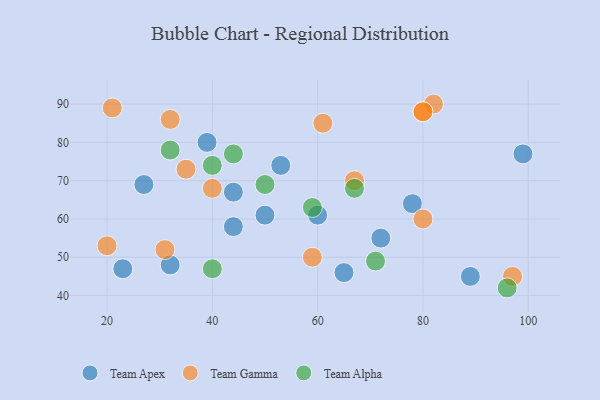
{"axis": {"x": "GDP", "y": "Life Expectancy"}, "legend": ["Team Alpha", "Team Apex", "Team Gamma"], "data": [{"x": "50", "y": 61, "type": "Team Apex"}, {"x": "78", "y": 64, "type": "Team Apex"}, {"x": "99", "y": 77, "type": "Team Apex"}, {"x": "23", "y": 47, "type": "Team Apex"}, {"x": "72", "y": 55, "type": "Team Apex"}, {"x": "44", "y": 67, "type": "Team Apex"}, {"x": "44", "y": 58, "type": "Team Apex"}, {"x": "65", "y": 46, "type": "Team Apex"}, {"x": "53", "y": 74, "type": "Team Apex"}, {"x": "89", "y": 45, "type": "Team Apex"}, {"x": "60", "y": 61, "type": "Team Apex"}, {"x": "39", "y": 80, "type": "Team Apex"}, {"x": "27", "y": 69, "type": "Team Apex"}, {"x": "32", "y": 48, "type": "Team Apex"}, {"x": "61", "y": 85, "type": "Team Gamma"}, {"x": "59", "y": 50, "type": "Team Gamma"}, {"x": "35", "y": 73, "type": "Team Gamma"}, {"x": "31", "y": 52, "type": "Team Gamma"}, {"x": "21", "y": 89, "type": "Team Gamma"}, {"x": "82", "y": 90, "type": "Team Gamma"}, {"x": "80", "y": 88, "type": "Team Gamma"}, {"x": "40", "y": 68, "type": "Team Gamma"}, {"x": "97", "y": 45, "type": "Team Gamma"}, {"x": "67", "y": 70, "type": "Team Gamma"}, {"x": "80", "y": 60, "type": "Team Gamma"}, {"x": "20", "y": 53, "type": "Team Gamma"}, {"x": "80", "y": 88, "type": "Team Gamma"}, {"x": "32", "y": 86, "type": "Team Gamma"}, {"x": "50", "y": 69, "type": "Team Alpha"}, {"x": "40", "y": 47, "type": "Team Alpha"}, {"x": "71", "y": 49, "type": "Team Alpha"}, {"x": "96", "y": 42, "type": "Team Alpha"}, {"x": "67", "y": 68, "type": "Team Alpha"}, {"x": "44", "y": 77, "type": "Team Alpha"}, {"x": "32", "y": 78, "type": "Team Alpha"}, {"x": "40", "y": 74, "type": "Team Alpha"}, {"x": "59", "y": 63, "type": "Team Alpha"}]}